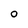
Character: O